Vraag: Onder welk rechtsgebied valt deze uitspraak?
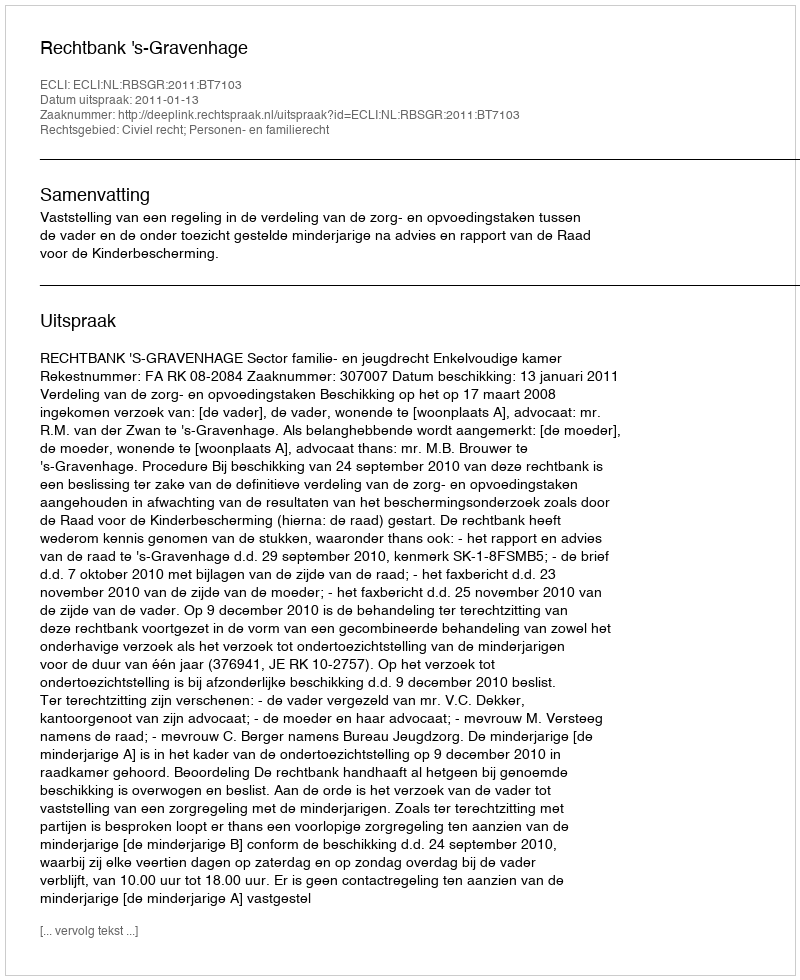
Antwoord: Civiel recht; Personen- en familierecht